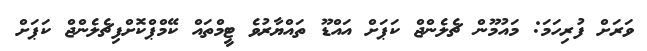
ވަރަށް ފުރިހަމަ: މައުމޫން ޗެލެންޖް ކަޕަށް އައްޑޫ ތައްޔާރުވެ ޓީމްތައް ކޭމްޕްކޮށްފިޗެލެންޖް ކަޕަށް